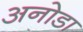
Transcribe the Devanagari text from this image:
अनोडा